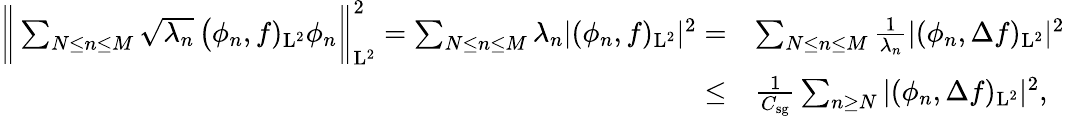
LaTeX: \begin{array}{rl}{\bigg\| \sum_{N\leq n\leq M}\sqrt{\lambda_{n}}\, \big(\phi_{n},f)_{\mathrm{L}^{2}}\phi_{n}\bigg\| _{\mathrm{L}^{2}}^{2}=\sum_{N\leq n\leq M}\lambda_{n}\vert(\phi_{n},f)_{\mathrm{L}^{2}}\vert^{2}=}&{\sum_{N\leq n\leq M}\frac{1}{\lambda_{n}}\vert(\phi_{n},\Delta f)_{\mathrm{L}^{2}}\vert^{2}}\\ {\leq}&{\frac{1}{C_{\mathrm{sg}}}\sum_{n\geq N}\vert(\phi_{n},\Delta f)_{\mathrm{L}^{2}}\vert^{2},}\end{array}